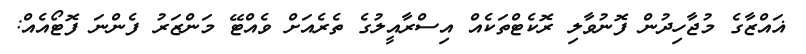
ޣައްޒާގެ މުޖާހިދުން ފޮނުވާލި ރޮކެޓްތަކެއް އިސްރާއީލުގެ ތެރެއަށް ވެއްޓޭ މަންޒަރު ފެންނަ ފޮޓޯއެއް: